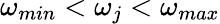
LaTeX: \omega_{min}<\omega_{j}<\omega_{max}